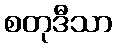
စတုဒီသာ